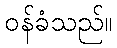
ဝန်ခံသည်။